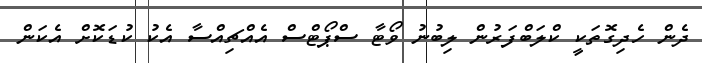
ދެން ހެދިގޮތަކީ ކްލަބްފަރުން ލިބުނު ވޯޓާ ސްޕޯޓްސް އެއްޗިއްސާ އެކު ކުޑަކޮށް އެކަން